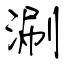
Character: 涮